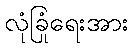
လုံခြုံရေးအား